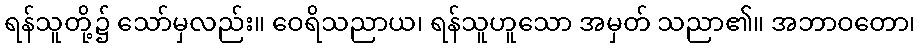
ရန်သူတို့၌ သော်မှလည်း။ ဝေရိသညာယ၊ ရန်သူဟူသော အမှတ် သညာ၏။ အဘာဝတော၊